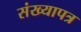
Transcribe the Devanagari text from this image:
संख्यापत्र